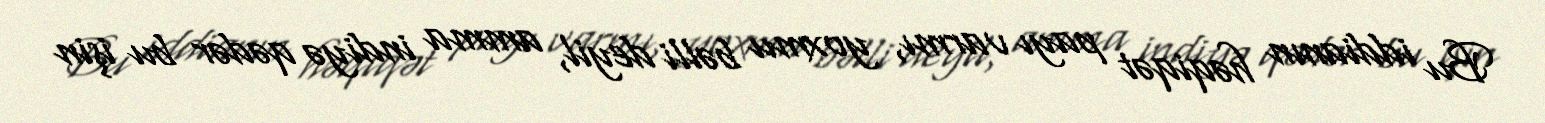
Bu iddianın həqiqət payı varmı, yoxmu bəlli deyil, amma indiyə qədər bu işin